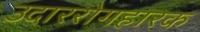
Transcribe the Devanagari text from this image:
उदाररोगहारक